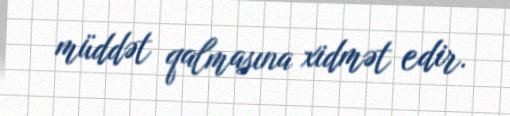
müddət qalmasına xidmət edir.